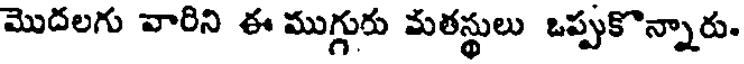
మొదలగు వారిని ఈ ముగ్గురు మతస్థులు ఒప్పుకొన్నారు.